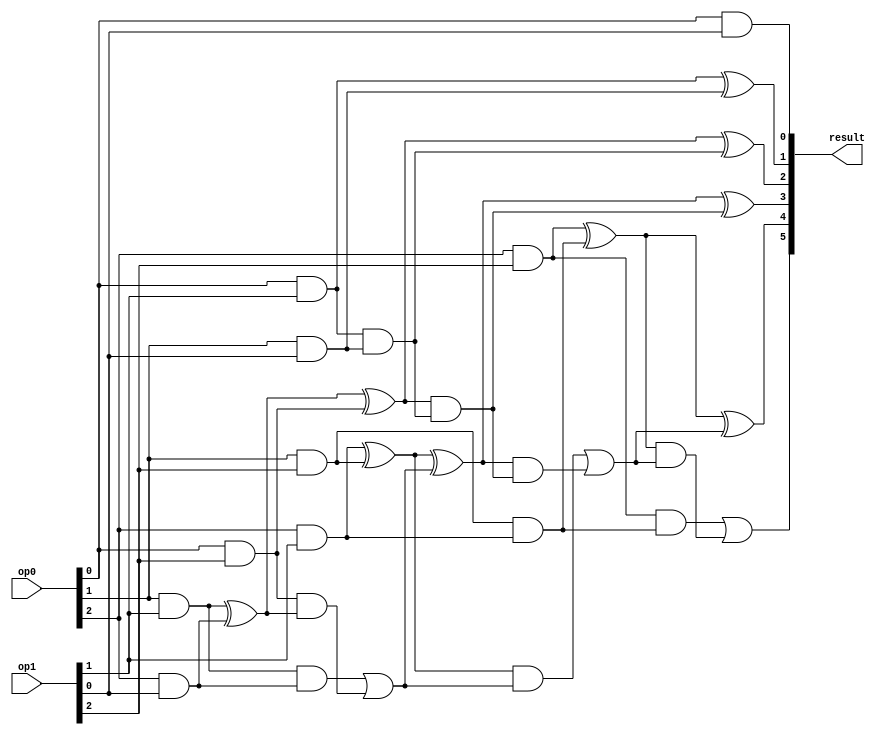
/* Generated by Yosys 0.27+12 (git sha1 dc0a799c0, gcc 11.3.0-1ubuntu1~22.04 -fPIC -Os) */

(* cells_not_processed =  1  *)
(* src = "mul.v:1.1-3.10" *)
module top(op0, op1, result);
  (* force_downto = 32'd1 *)
  (* src = "/usr/local/bin/../share/yosys/techmap.v:198.20-198.21" *)
  wire [5:0] _000_;
  (* force_downto = 32'd1 *)
  (* src = "/usr/local/bin/../share/yosys/techmap.v:198.23-198.24" *)
  wire [5:0] _001_;
  (* force_downto = 32'd1 *)
  (* src = "/usr/local/bin/../share/yosys/techmap.v:198.26-198.27" *)
  wire [5:0] _002_;
  (* force_downto = 32'd1 *)
  (* src = "/usr/local/bin/../share/yosys/techmap.v:200.21-200.22" *)
  (* unused_bits = "5" *)
  wire [5:0] _003_;
  (* force_downto = 32'd1 *)
  (* src = "/usr/local/bin/../share/yosys/techmap.v:200.24-200.25" *)
  wire [5:0] _004_;
  (* force_downto = 32'd1 *)
  (* src = "/usr/local/bin/../share/yosys/techmap.v:203.19-203.21" *)
  wire [5:0] _005_;
  (* force_downto = 32'd1 *)
  (* src = "/usr/local/bin/../share/yosys/techmap.v:203.23-203.25" *)
  (* unused_bits = "5" *)
  wire [5:0] _006_;
  (* force_downto = 32'd1 *)
  (* src = "/usr/local/bin/../share/yosys/techmap.v:203.27-203.29" *)
  (* unused_bits = "5" *)
  wire [5:0] _007_;
  (* force_downto = 32'd1 *)
  (* src = "/usr/local/bin/../share/yosys/techmap.v:279.21-279.23" *)
  wire [5:0] _008_;
  (* force_downto = 32'd1 *)
  (* src = "/usr/local/bin/../share/yosys/techmap.v:274.23-274.25" *)
  (* unused_bits = "5" *)
  wire [5:0] _009_;
  (* force_downto = 32'd1 *)
  (* src = "/usr/local/bin/../share/yosys/techmap.v:270.23-270.24" *)
  wire [5:0] _010_;
  (* force_downto = 32'd1 *)
  (* src = "/usr/local/bin/../share/yosys/techmap.v:286.27-286.69|/usr/local/bin/../share/yosys/techmap.v:214.23-214.24" *)
  (* unused_bits = "5" *)
  wire [5:0] _011_;
  (* src = "/usr/local/bin/../share/yosys/techmap.v:279.31-279.37" *)
  wire [5:0] _012_;
  (* src = "/usr/local/bin/../share/yosys/techmap.v:286.27-286.69|/usr/local/bin/../share/yosys/techmap.v:231.18-231.27" *)
  wire _013_;
  (* src = "/usr/local/bin/../share/yosys/techmap.v:286.27-286.69|/usr/local/bin/../share/yosys/techmap.v:240.19-240.41" *)
  wire _014_;
  (* src = "/usr/local/bin/../share/yosys/techmap.v:286.27-286.69|/usr/local/bin/../share/yosys/techmap.v:240.19-240.41" *)
  wire _015_;
  (* src = "/usr/local/bin/../share/yosys/techmap.v:286.27-286.69|/usr/local/bin/../share/yosys/techmap.v:240.19-240.41" *)
  wire _016_;
  (* src = "/usr/local/bin/../share/yosys/techmap.v:286.27-286.69|/usr/local/bin/../share/yosys/techmap.v:241.12-241.34" *)
  wire _017_;
  (* src = "/usr/local/bin/../share/yosys/techmap.v:286.27-286.69|/usr/local/bin/../share/yosys/techmap.v:248.19-248.41" *)
  wire _018_;
  (* src = "/usr/local/bin/../share/yosys/techmap.v:286.27-286.69|/usr/local/bin/../share/yosys/techmap.v:248.19-248.41" *)
  wire _019_;
  (* src = "/usr/local/bin/../share/yosys/techmap.v:286.27-286.69|/usr/local/bin/../share/yosys/techmap.v:240.12-240.41" *)
  wire _020_;
  (* src = "mul.v:1.24-1.27" *)
  input [2:0] op0;
  wire [2:0] op0;
  (* src = "mul.v:1.41-1.44" *)
  input [2:0] op1;
  wire [2:0] op1;
  (* src = "mul.v:1.59-1.65" *)
  output [5:0] result;
  wire [5:0] result;
  assign _008_[0] = 1'h0 ? (* src = "/usr/local/bin/../share/yosys/techmap.v:279.26-279.45" *) _012_[0] : 1'h0;
  assign _008_[1] = 1'h0 ? (* src = "/usr/local/bin/../share/yosys/techmap.v:279.26-279.45" *) _012_[1] : _003_[0];
  assign _008_[2] = 1'h0 ? (* src = "/usr/local/bin/../share/yosys/techmap.v:279.26-279.45" *) _012_[2] : _003_[1];
  assign _008_[3] = 1'h0 ? (* src = "/usr/local/bin/../share/yosys/techmap.v:279.26-279.45" *) _012_[3] : _003_[2];
  assign _008_[4] = 1'h0 ? (* src = "/usr/local/bin/../share/yosys/techmap.v:279.26-279.45" *) _012_[4] : _003_[3];
  assign _008_[5] = 1'h0 ? (* src = "/usr/local/bin/../share/yosys/techmap.v:279.26-279.45" *) _012_[5] : _003_[4];
  assign _012_[0] = ~(* src = "/usr/local/bin/../share/yosys/techmap.v:279.31-279.37" *) 1'h0;
  assign _012_[1] = ~(* src = "/usr/local/bin/../share/yosys/techmap.v:279.31-279.37" *) _003_[0];
  assign _012_[2] = ~(* src = "/usr/local/bin/../share/yosys/techmap.v:279.31-279.37" *) _003_[1];
  assign _012_[3] = ~(* src = "/usr/local/bin/../share/yosys/techmap.v:279.31-279.37" *) _003_[2];
  assign _012_[4] = ~(* src = "/usr/local/bin/../share/yosys/techmap.v:279.31-279.37" *) _003_[3];
  assign _012_[5] = ~(* src = "/usr/local/bin/../share/yosys/techmap.v:279.31-279.37" *) _003_[4];
  assign _001_[1] = op0[1] & op1[0];
  assign _001_[2] = op0[2] & op1[0];
  assign _001_[3] = 1'h0 & op1[0];
  assign _001_[4] = 1'h0 & op1[0];
  assign _001_[5] = 1'h0 & op1[0];
  assign _002_[0] = 1'h0 & op1[2];
  assign _002_[1] = 1'h0 & op1[2];
  assign _002_[2] = op0[0] & op1[2];
  assign _002_[3] = op0[1] & op1[2];
  assign _002_[4] = op0[2] & op1[2];
  assign _002_[5] = 1'h0 & op1[2];
  assign _003_[0] = _006_[0] |(* src = "/usr/local/bin/../share/yosys/techmap.v:206.25-206.32" *)  _007_[0];
  assign _003_[1] = _006_[1] |(* src = "/usr/local/bin/../share/yosys/techmap.v:206.25-206.32" *)  _007_[1];
  assign _003_[2] = _006_[2] |(* src = "/usr/local/bin/../share/yosys/techmap.v:206.25-206.32" *)  _007_[2];
  assign _003_[3] = _006_[3] |(* src = "/usr/local/bin/../share/yosys/techmap.v:206.25-206.32" *)  _007_[3];
  assign _003_[4] = _006_[4] |(* src = "/usr/local/bin/../share/yosys/techmap.v:206.25-206.32" *)  _007_[4];
  assign _004_[0] = _005_[0] ^(* src = "/usr/local/bin/../share/yosys/techmap.v:206.13-206.19" *)  _002_[0];
  assign _004_[1] = _005_[1] ^(* src = "/usr/local/bin/../share/yosys/techmap.v:206.13-206.19" *)  _002_[1];
  assign _004_[2] = _005_[2] ^(* src = "/usr/local/bin/../share/yosys/techmap.v:206.13-206.19" *)  _002_[2];
  assign _004_[3] = _005_[3] ^(* src = "/usr/local/bin/../share/yosys/techmap.v:206.13-206.19" *)  _002_[3];
  assign _004_[4] = _005_[4] ^(* src = "/usr/local/bin/../share/yosys/techmap.v:206.13-206.19" *)  _002_[4];
  assign _004_[5] = _005_[5] ^(* src = "/usr/local/bin/../share/yosys/techmap.v:206.13-206.19" *)  _002_[5];
  assign _007_[0] = _002_[0] &(* src = "/usr/local/bin/../share/yosys/techmap.v:205.38-205.44" *)  _005_[0];
  assign _007_[1] = _002_[1] &(* src = "/usr/local/bin/../share/yosys/techmap.v:205.38-205.44" *)  _005_[1];
  assign _007_[2] = _002_[2] &(* src = "/usr/local/bin/../share/yosys/techmap.v:205.38-205.44" *)  _005_[2];
  assign _007_[3] = _002_[3] &(* src = "/usr/local/bin/../share/yosys/techmap.v:205.38-205.44" *)  _005_[3];
  assign _007_[4] = _002_[4] &(* src = "/usr/local/bin/../share/yosys/techmap.v:205.38-205.44" *)  _005_[4];
  assign _006_[0] = _000_[0] &(* src = "/usr/local/bin/../share/yosys/techmap.v:205.26-205.31" *)  _001_[0];
  assign _006_[1] = _000_[1] &(* src = "/usr/local/bin/../share/yosys/techmap.v:205.26-205.31" *)  _001_[1];
  assign _006_[2] = _000_[2] &(* src = "/usr/local/bin/../share/yosys/techmap.v:205.26-205.31" *)  _001_[2];
  assign _006_[3] = _000_[3] &(* src = "/usr/local/bin/../share/yosys/techmap.v:205.26-205.31" *)  _001_[3];
  assign _006_[4] = _000_[4] &(* src = "/usr/local/bin/../share/yosys/techmap.v:205.26-205.31" *)  _001_[4];
  assign _005_[0] = _000_[0] ^(* src = "/usr/local/bin/../share/yosys/techmap.v:205.14-205.19" *)  _001_[0];
  assign _005_[1] = _000_[1] ^(* src = "/usr/local/bin/../share/yosys/techmap.v:205.14-205.19" *)  _001_[1];
  assign _005_[2] = _000_[2] ^(* src = "/usr/local/bin/../share/yosys/techmap.v:205.14-205.19" *)  _001_[2];
  assign _005_[3] = _000_[3] ^(* src = "/usr/local/bin/../share/yosys/techmap.v:205.14-205.19" *)  _001_[3];
  assign _005_[4] = _000_[4] ^(* src = "/usr/local/bin/../share/yosys/techmap.v:205.14-205.19" *)  _001_[4];
  assign _005_[5] = _000_[5] ^(* src = "/usr/local/bin/../share/yosys/techmap.v:205.14-205.19" *)  _001_[5];
  assign result[0] = _010_[0] ^(* src = "/usr/local/bin/../share/yosys/techmap.v:289.13-289.25" *)  1'h0;
  assign result[1] = _010_[1] ^(* src = "/usr/local/bin/../share/yosys/techmap.v:289.13-289.25" *)  _009_[0];
  assign result[2] = _010_[2] ^(* src = "/usr/local/bin/../share/yosys/techmap.v:289.13-289.25" *)  _009_[1];
  assign result[3] = _010_[3] ^(* src = "/usr/local/bin/../share/yosys/techmap.v:289.13-289.25" *)  _009_[2];
  assign result[4] = _010_[4] ^(* src = "/usr/local/bin/../share/yosys/techmap.v:289.13-289.25" *)  _009_[3];
  assign result[5] = _010_[5] ^(* src = "/usr/local/bin/../share/yosys/techmap.v:289.13-289.25" *)  _009_[4];
  assign _010_[0] = _004_[0] ^(* src = "/usr/local/bin/../share/yosys/techmap.v:288.13-288.20" *)  _008_[0];
  assign _010_[1] = _004_[1] ^(* src = "/usr/local/bin/../share/yosys/techmap.v:288.13-288.20" *)  _008_[1];
  assign _010_[2] = _004_[2] ^(* src = "/usr/local/bin/../share/yosys/techmap.v:288.13-288.20" *)  _008_[2];
  assign _010_[3] = _004_[3] ^(* src = "/usr/local/bin/../share/yosys/techmap.v:288.13-288.20" *)  _008_[3];
  assign _010_[4] = _004_[4] ^(* src = "/usr/local/bin/../share/yosys/techmap.v:288.13-288.20" *)  _008_[4];
  assign _010_[5] = _004_[5] ^(* src = "/usr/local/bin/../share/yosys/techmap.v:288.13-288.20" *)  _008_[5];
  assign _011_[0] = _004_[0] &(* src = "/usr/local/bin/../share/yosys/techmap.v:286.42-286.49" *)  _008_[0];
  assign _011_[1] = _004_[1] &(* src = "/usr/local/bin/../share/yosys/techmap.v:286.42-286.49" *)  _008_[1];
  assign _011_[2] = _004_[2] &(* src = "/usr/local/bin/../share/yosys/techmap.v:286.42-286.49" *)  _008_[2];
  assign _011_[3] = _004_[3] &(* src = "/usr/local/bin/../share/yosys/techmap.v:286.42-286.49" *)  _008_[3];
  assign _011_[4] = _004_[4] &(* src = "/usr/local/bin/../share/yosys/techmap.v:286.42-286.49" *)  _008_[4];
  assign _013_ = _010_[0] &(* src = "/usr/local/bin/../share/yosys/techmap.v:286.27-286.69|/usr/local/bin/../share/yosys/techmap.v:231.18-231.27" *)  1'h0;
  assign _014_ = _010_[1] &(* src = "/usr/local/bin/../share/yosys/techmap.v:286.27-286.69|/usr/local/bin/../share/yosys/techmap.v:240.19-240.41" *)  _009_[0];
  assign _015_ = _010_[3] &(* src = "/usr/local/bin/../share/yosys/techmap.v:286.27-286.69|/usr/local/bin/../share/yosys/techmap.v:240.19-240.41" *)  _011_[2];
  assign _016_ = _017_ &(* src = "/usr/local/bin/../share/yosys/techmap.v:286.27-286.69|/usr/local/bin/../share/yosys/techmap.v:240.19-240.41" *)  _009_[1];
  assign _017_ = _010_[3] &(* src = "/usr/local/bin/../share/yosys/techmap.v:286.27-286.69|/usr/local/bin/../share/yosys/techmap.v:241.12-241.34" *)  _010_[2];
  assign _018_ = _010_[2] &(* src = "/usr/local/bin/../share/yosys/techmap.v:286.27-286.69|/usr/local/bin/../share/yosys/techmap.v:248.19-248.41" *)  _009_[1];
  assign _019_ = _010_[4] &(* src = "/usr/local/bin/../share/yosys/techmap.v:286.27-286.69|/usr/local/bin/../share/yosys/techmap.v:248.19-248.41" *)  _009_[3];
  assign _009_[0] = _011_[0] |(* src = "/usr/local/bin/../share/yosys/techmap.v:286.27-286.69|/usr/local/bin/../share/yosys/techmap.v:231.10-231.28" *)  _013_;
  assign _009_[1] = _011_[1] |(* src = "/usr/local/bin/../share/yosys/techmap.v:286.27-286.69|/usr/local/bin/../share/yosys/techmap.v:240.12-240.41" *)  _014_;
  assign _020_ = _011_[3] |(* src = "/usr/local/bin/../share/yosys/techmap.v:286.27-286.69|/usr/local/bin/../share/yosys/techmap.v:240.12-240.41" *)  _015_;
  assign _009_[3] = _020_ |(* src = "/usr/local/bin/../share/yosys/techmap.v:286.27-286.69|/usr/local/bin/../share/yosys/techmap.v:240.12-240.41" *)  _016_;
  assign _009_[2] = _011_[2] |(* src = "/usr/local/bin/../share/yosys/techmap.v:286.27-286.69|/usr/local/bin/../share/yosys/techmap.v:248.12-248.41" *)  _018_;
  assign _009_[4] = _011_[4] |(* src = "/usr/local/bin/../share/yosys/techmap.v:286.27-286.69|/usr/local/bin/../share/yosys/techmap.v:248.12-248.41" *)  _019_;
  assign _000_[0] = 1'h0 & op1[1];
  assign _000_[1] = op0[0] & op1[1];
  assign _000_[2] = op0[1] & op1[1];
  assign _000_[3] = op0[2] & op1[1];
  assign _000_[4] = 1'h0 & op1[1];
  assign _000_[5] = 1'h0 & op1[1];
  assign _001_[0] = op0[0] & op1[0];
endmodule